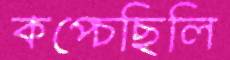
কপ্‌চেছিলি